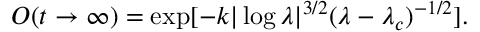
{ O ( t \to \infty ) } = \exp [ - { k } | \log \lambda | ^ { 3 / 2 } ( \lambda - \lambda _ { c } ) ^ { - 1 / 2 } ] .